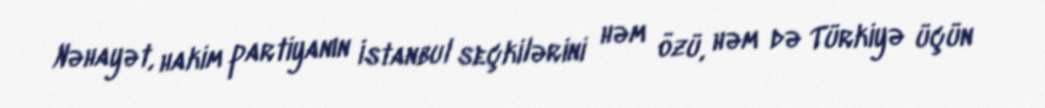
Nəhayət, hakim partiyanın İstanbul seçkilərini həm özü, həm də Türkiyə üçün